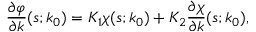
\frac { \partial \varphi } { \partial k } ( s ; k _ { 0 } ) = K _ { 1 } \chi ( s ; k _ { 0 } ) + K _ { 2 } \frac { \partial \chi } { \partial k } ( s ; k _ { 0 } ) ,